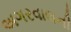
અગરવાલની